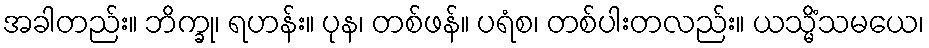
အခါတည်း။ ဘိက္ခု၊ ရဟန်း။ ပုန၊ တစ်ဖန်။ ပရံစ၊ တစ်ပါးတလည်း။ ယသ္မိံသမယေ၊